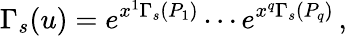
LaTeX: \Gamma_{s}(u)=e^{x^{1}\Gamma_{s}(P_{1})}\cdots e^{x^{q}\Gamma_{s}(P_{q})}\, ,